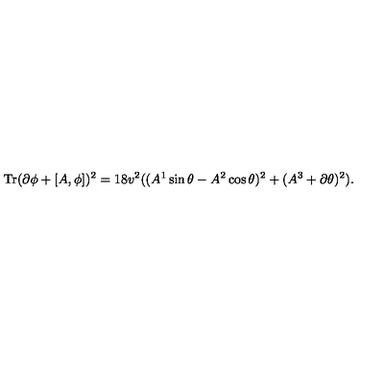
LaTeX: \mathrm { T r } ( \partial \phi + [ A , \phi ] ) ^ { 2 } = 1 8 v ^ { 2 } ( ( A ^ { 1 } \sin \theta - A ^ { 2 } \cos \theta ) ^ { 2 } + ( A ^ { 3 } + \partial \theta ) ^ { 2 } ) .